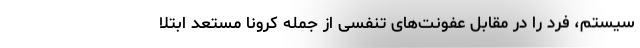
سیستم، فرد را در مقابل عفونت‌های تنفسی از جمله کرونا مستعد ابتلا